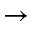
\rightarrow